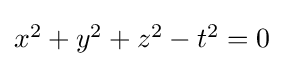
{\textstyle x^{2}+y^{2}+z^{2}-t^{2}=0}